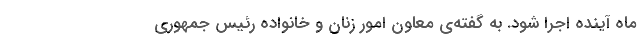
ماه آینده اجرا شود. به گفته‌ی معاون امور زنان و خانواده رئیس جمهوری